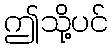
ဤသို့ပင်